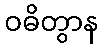
ဝဓိတွာန